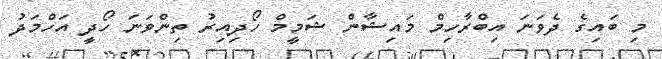
މި ބައިގެ ދެވަނަ އިބްރާހިމް މައިޝާން ޝަމީމް ހޯދިއިރު ތިންވަނަ ހޯދީ އަހްމަދު